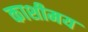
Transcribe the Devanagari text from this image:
काशीमय